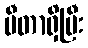
မီတာရှိပြီး